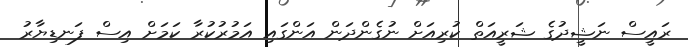
ރައީސް ނަޝީދުގެ ޝަރީއަތް ކުރިއަށް ނުގެންދަން އަންގައި އަމުރުކުރާ ކަމަށް އިސް ފަނޑިޔާރު